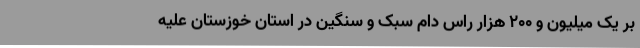
بر یک میلیون و ۲۰۰ هزار راس دام سبک و سنگین در استان خوزستان علیه